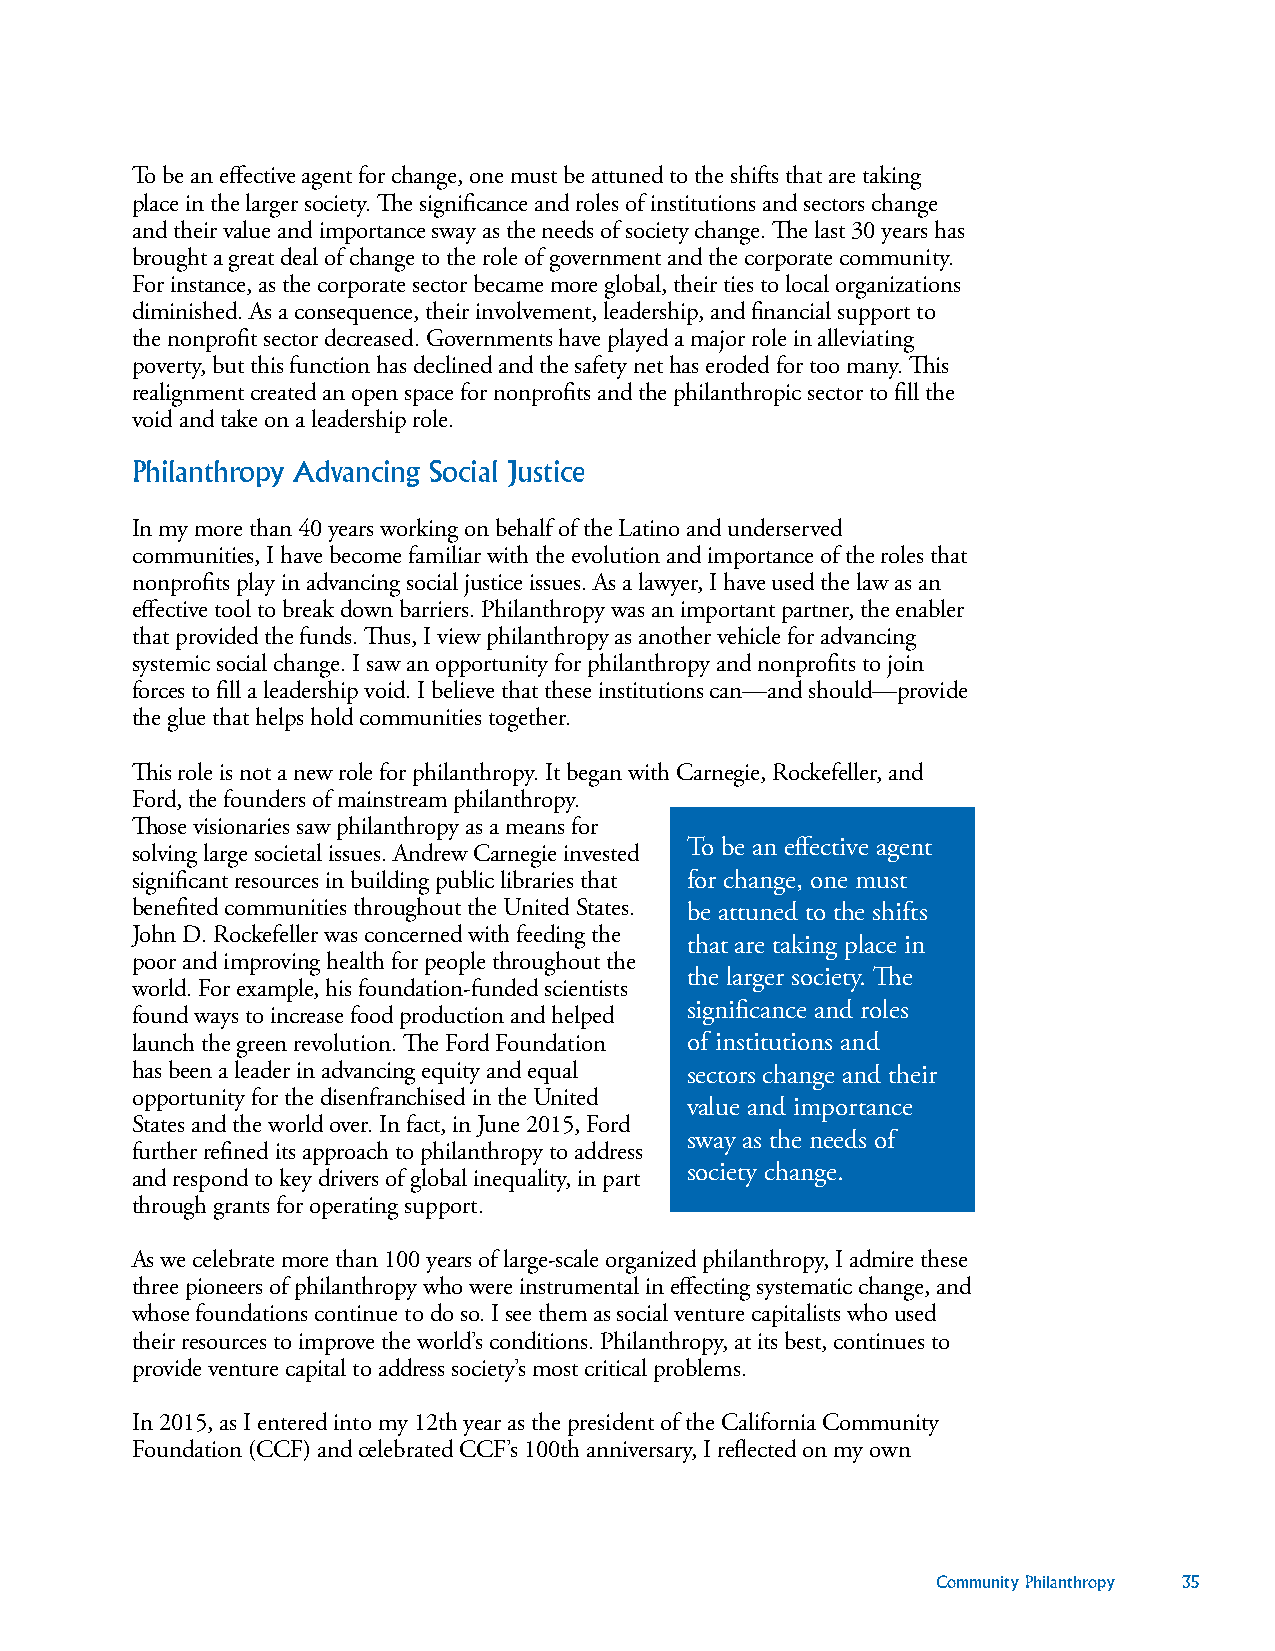
To be an effective agent for change, one must be attuned to the shifts that are taking
 place in the larger society. The significance and roles of institutions and sectors change
 and their value and importance sway as the needs of society change. The last 30 years has
 brought a great deal of change to the role of government and the corporate community.
 For instance, as the corporate sector became more global, their ties to local organizations
 diminished. As a consequence, their involvement, leadership, and financial support to
 the nonprofit sector decreased. Governments have played a major role in alleviating
 poverty, but this function has declined and the safety net has eroded for too many. This
 realignment created an open space for nonprofits and the philanthropic sector to fill the
 void and take on a leadership role.
 Philanthropy Advancing Social Justice
 In my more than 40 years working on behalf of the Latino and underserved
 communities, I have become familiar with the evolution and importance of the roles that
 nonprofits play in advancing social justice issues. As a lawyer, I have used the law as an
 effective tool to break down barriers. Philanthropy was an important partner, the enabler
 that provided the funds. Thus, I view philanthropy as another vehicle for advancing
 systemic social change. I saw an opportunity for philanthropy and nonprofits to join
 forces to fill a leadership void. I believe that these institutions can—and should—provide
 the glue that helps hold communities together.
 This role is not a new role for philanthropy. It began with Carnegie, Rockefeller, and
 Ford, the founders of mainstream philanthropy.
 Those visionaries saw philanthropy as a means for
 To be an effective agent
 solving large societal issues. Andrew Carnegie invested
 significant resources in building public libraries that for change, one must
 benefited communities throughout the United States. be attuned to the shifts
 John D. Rockefeller was concerned with feeding the
 that are taking place in
 poor and improving health for people throughout the
 the larger society. The
 world. For example, his foundation-funded scientists
 significance and roles
 found ways to increase food production and helped
 launch the green revolution. The Ford Foundation of institutions and
 has been a leader in advancing equity and equal sectors change and their
 opportunity for the disenfranchised in the United
 value and importance
 States and the world over. In fact, in June 2015, Ford
 sway as the needs of
 further refined its approach to philanthropy to address
 society change.
 and respond to key drivers of global inequality, in part
 through grants for operating support.
 As we celebrate more than 100 years of large-scale organized philanthropy, I admire these
 three pioneers of philanthropy who were instrumental in effecting systematic change, and
 whose foundations continue to do so. I see them as social venture capitalists who used
 their resources to improve the world’s conditions. Philanthropy, at its best, continues to
 provide venture capital to address society’s most critical problems.
 In 2015, as I entered into my 12th year as the president of the California Community
 Foundation (CCF) and celebrated CCF’s 100th anniversary, I reflected on my own
 Community Philanthropy 35